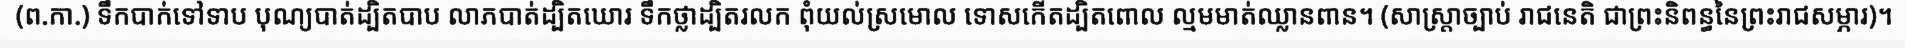
(ព.កា.) ទឹកបាក់ទៅទាប បុណ្យបាត់ដ្បិតបាប លាភបាត់ដ្បិតឃោរ ទឹកថ្លាដ្បិតរលក ពុំយល់ស្រមោល ទោសកើតដ្បិតពោល ល្មមមាត់ឈ្លានពាន។ (សាស្ត្រាច្បាប់ រាជនេតិ ជាព្រះនិពន្ធនៃព្រះរាជសម្ភារ)។